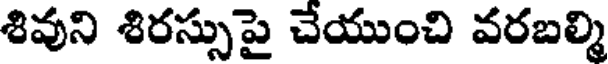
శివుని శిరస్సుపై చేయుంచి వరబల్మి